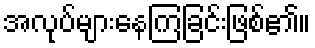
အလုပ်များနေကြခြင်းဖြစ်၏။